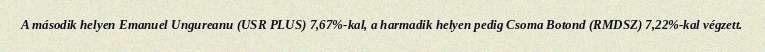
A második helyen Emanuel Ungureanu (USR PLUS) 7,67%-kal, a harmadik helyen pedig Csoma Botond (RMDSZ) 7,22%-kal végzett.